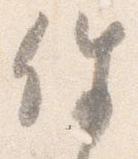
件